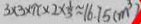
3 \times 3 \times \pi \times 2 \times \frac { 1 } { 3 } \approx 1 6 . 7 5 ( m ^ { 3 } )